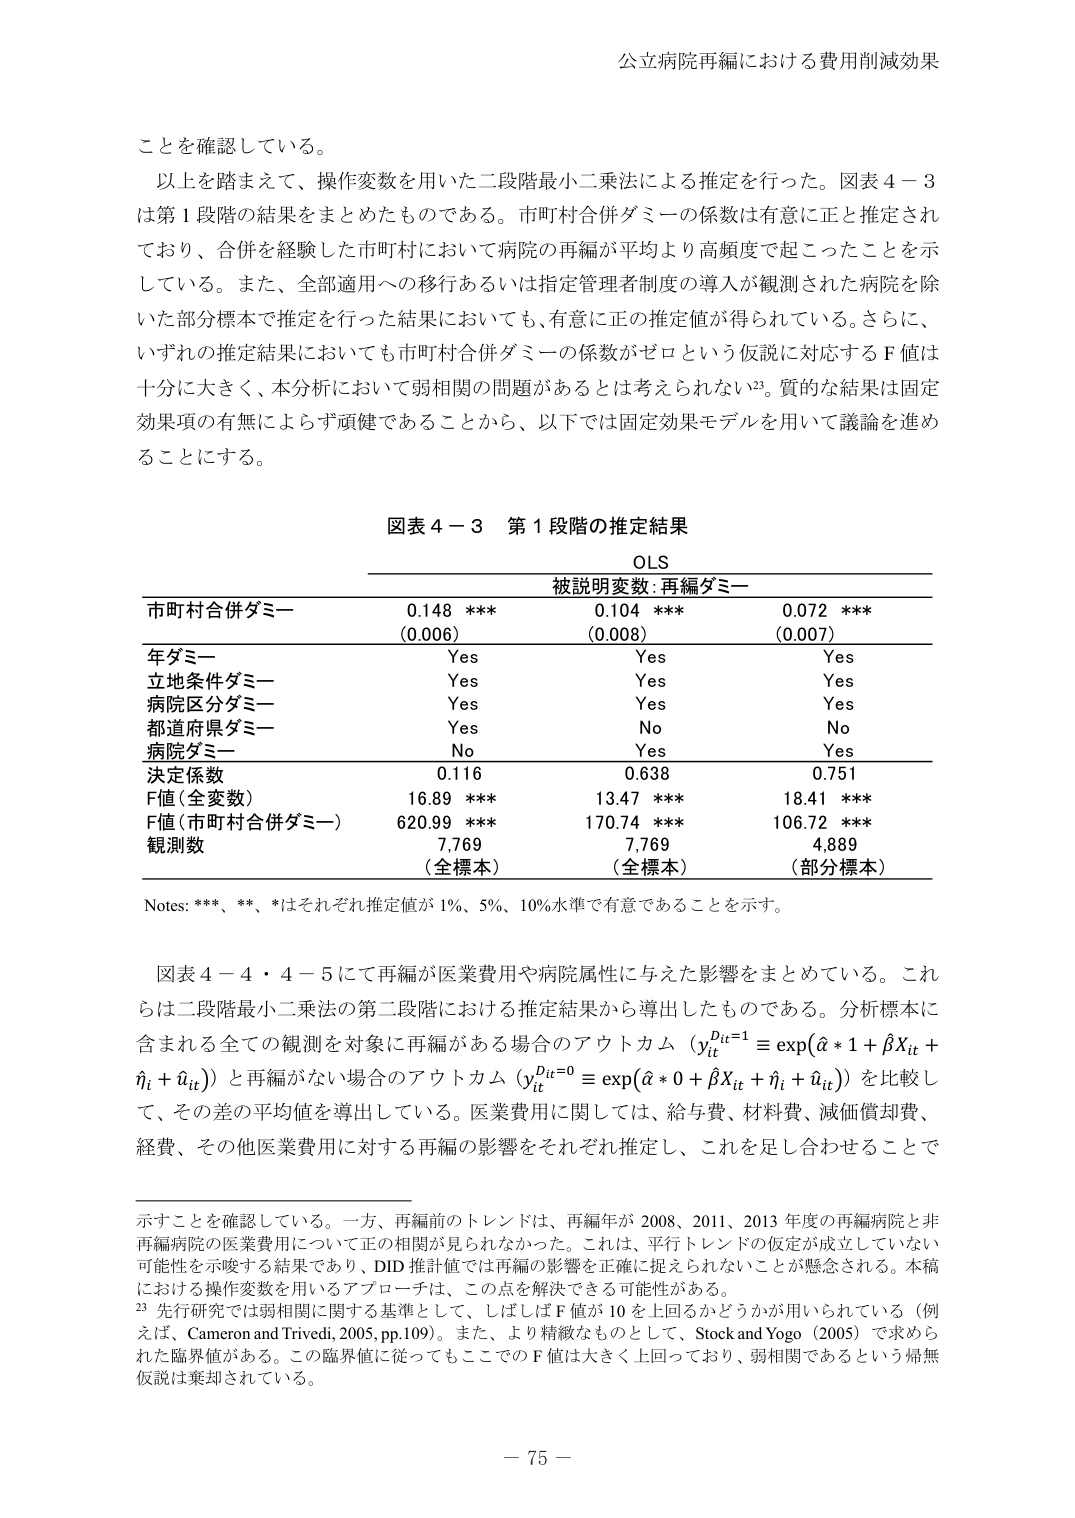
公立病院再編における費用削減効果

ことを確認している。

以上を踏まえて、操作変数を用いた二段階最小二乗法による推定を行った。図表４－３は第１段階の結果をまとめたものである。市町村合併ダミーの係数は有意に正と推定されており、合併を経験した市町村において病院の再編が平均より高頻度で起こったことを示している。また、全部適用への移行あるいは指定管理者制度の導入が観測された病院を除いた部分標本で推定を行った結果においても、有意に正の推定値が得られている。さらに、いずれの推定結果においても市町村合併ダミーの係数がゼロという仮説に対応するＦ値は十分に大きく、本分析において弱相関の問題があるとは考えられない23。質的な結果は固定効果項の有無によらず頑健であることから、以下では固定効果モデルを用いて議論を進めることにする。

図表４－３ 第１段階の推定結果

OLS
被説明変数：再編ダミー

市町村合併ダミー　　0.148 ***　　0.104 ***　　0.072 ***
　　　　　　　　　　(0.006)　　　(0.008)　　　(0.007)

年ダミー　　　　　　Yes　　　　Yes　　　　Yes
立地条件ダミー　　　Yes　　　　Yes　　　　Yes
病院区分ダミー　　　Yes　　　　Yes　　　　Yes
都道府県ダミー　　　Yes　　　　No　　　　No
病院ダミー　　　　No　　　　Yes　　　　Yes

決定係数　　　　　　0.116　　　　0.638　　　　0.751
F値（全変数）　　　16.89 ***　　13.47 ***　　18.41 ***
F値（市町村合併ダミー）　620.99 ***　　170.74 ***　　106.72 ***
観測数　　　　　　　7,769　　　　7,769　　　　4,889
　　　　　　　　　　（全標本）　　（全標本）　　（部分標本）

Notes: ***、**、*はそれぞれ推定値が1%、5%、10%水準で有意であることを示す。

図表４－４・４－５にて再編が医業費用や病院属性に与えた影響をまとめている。これらは二段階最小二乗法の第二段階における推定結果から導出したものである。分析標本に含まれる全ての観測を対象に再編がある場合のアウトカム（y_it^D_it=1 ≡ exp(α * 1 + βX_it + η_i + u_it)）と再編がない場合のアウトカム（y_it^D_it=0 ≡ exp(α * 0 + βX_it + η_i + u_it)）を比較して、その差の平均値を導出している。医業費用に関しては、給与費、材料費、減価償却費、経費、その他医業費用に対する再編の影響をそれぞれ推定し、これを足し合わせることで示すことを確認している。一方、再編前のトレンドは、再編年が2008、2011、2013年度の再編病院と非再編病院の医業費用について正の相関が見られなかった。これは、平行トレンドの仮定が成立していない可能性を示唆する結果であり、DID推計値では再編の影響を正確に捉えられないことが懸念される。本稿における操作変数を用いるアプローチは、この点を解決できる可能性がある。

23 先行研究では弱相関に関する基準として、しばしばF値が10を上回るかどうかが用いられている（例えば、Cameron and Trivedi, 2005, pp.109）。また、より精緻なものとして、Stock and Yogo（2005）で求められた臨界値がある。この臨界値に従ってもここでのF値は大きく上回っており、弱相関であるという帰無仮説は棄却されている。

－ 75 －